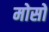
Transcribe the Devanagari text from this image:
मोसों